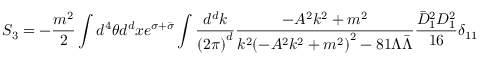
S _ { 3 } = - \frac { m ^ { 2 } } { 2 } \int d ^ { 4 } \theta d ^ { d } x e ^ { \sigma + \bar { \sigma } } \int \frac { d ^ { d } k } { { ( 2 \pi ) } ^ { d } } \frac { - A ^ { 2 } k ^ { 2 } + m ^ { 2 } } { k ^ { 2 } { ( - A ^ { 2 } k ^ { 2 } + m ^ { 2 } ) } ^ { 2 } - 8 1 \Lambda \bar { \Lambda } } \frac { \bar { D } _ { 1 } ^ { 2 } D _ { 1 } ^ { 2 } } { 1 6 } \delta _ { 1 1 }